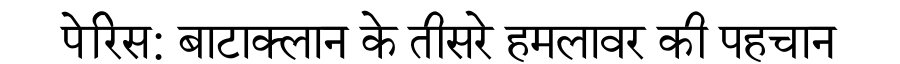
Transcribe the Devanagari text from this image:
पेरिस: बाटाक्लान के तीसरे हमलावर की पहचान